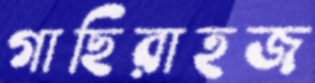
গাছিরাহজ